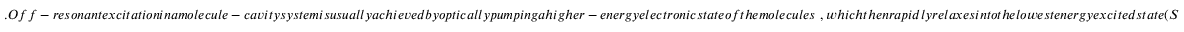
. O f f - r e s o n a n t e x c i t a t i o n i n a m o l e c u l e - c a v i t y s y s t e m i s u s u a l l y a c h i e v e d b y o p t i c a l l y p u m p i n g a h i g h e r - e n e r g y e l e c t r o n i c s t a t e o f t h e m o l e c u l e s ~ , w h i c h t h e n r a p i d l y r e l a x e s i n t o t h e l o w e s t e n e r g y e x c i t e d s t a t e ( S